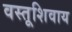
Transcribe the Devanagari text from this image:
वस्तूशिवाय